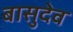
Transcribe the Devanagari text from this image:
बासुदेव